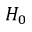
H _ { 0 }